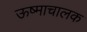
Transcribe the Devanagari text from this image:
ऊष्माचालक